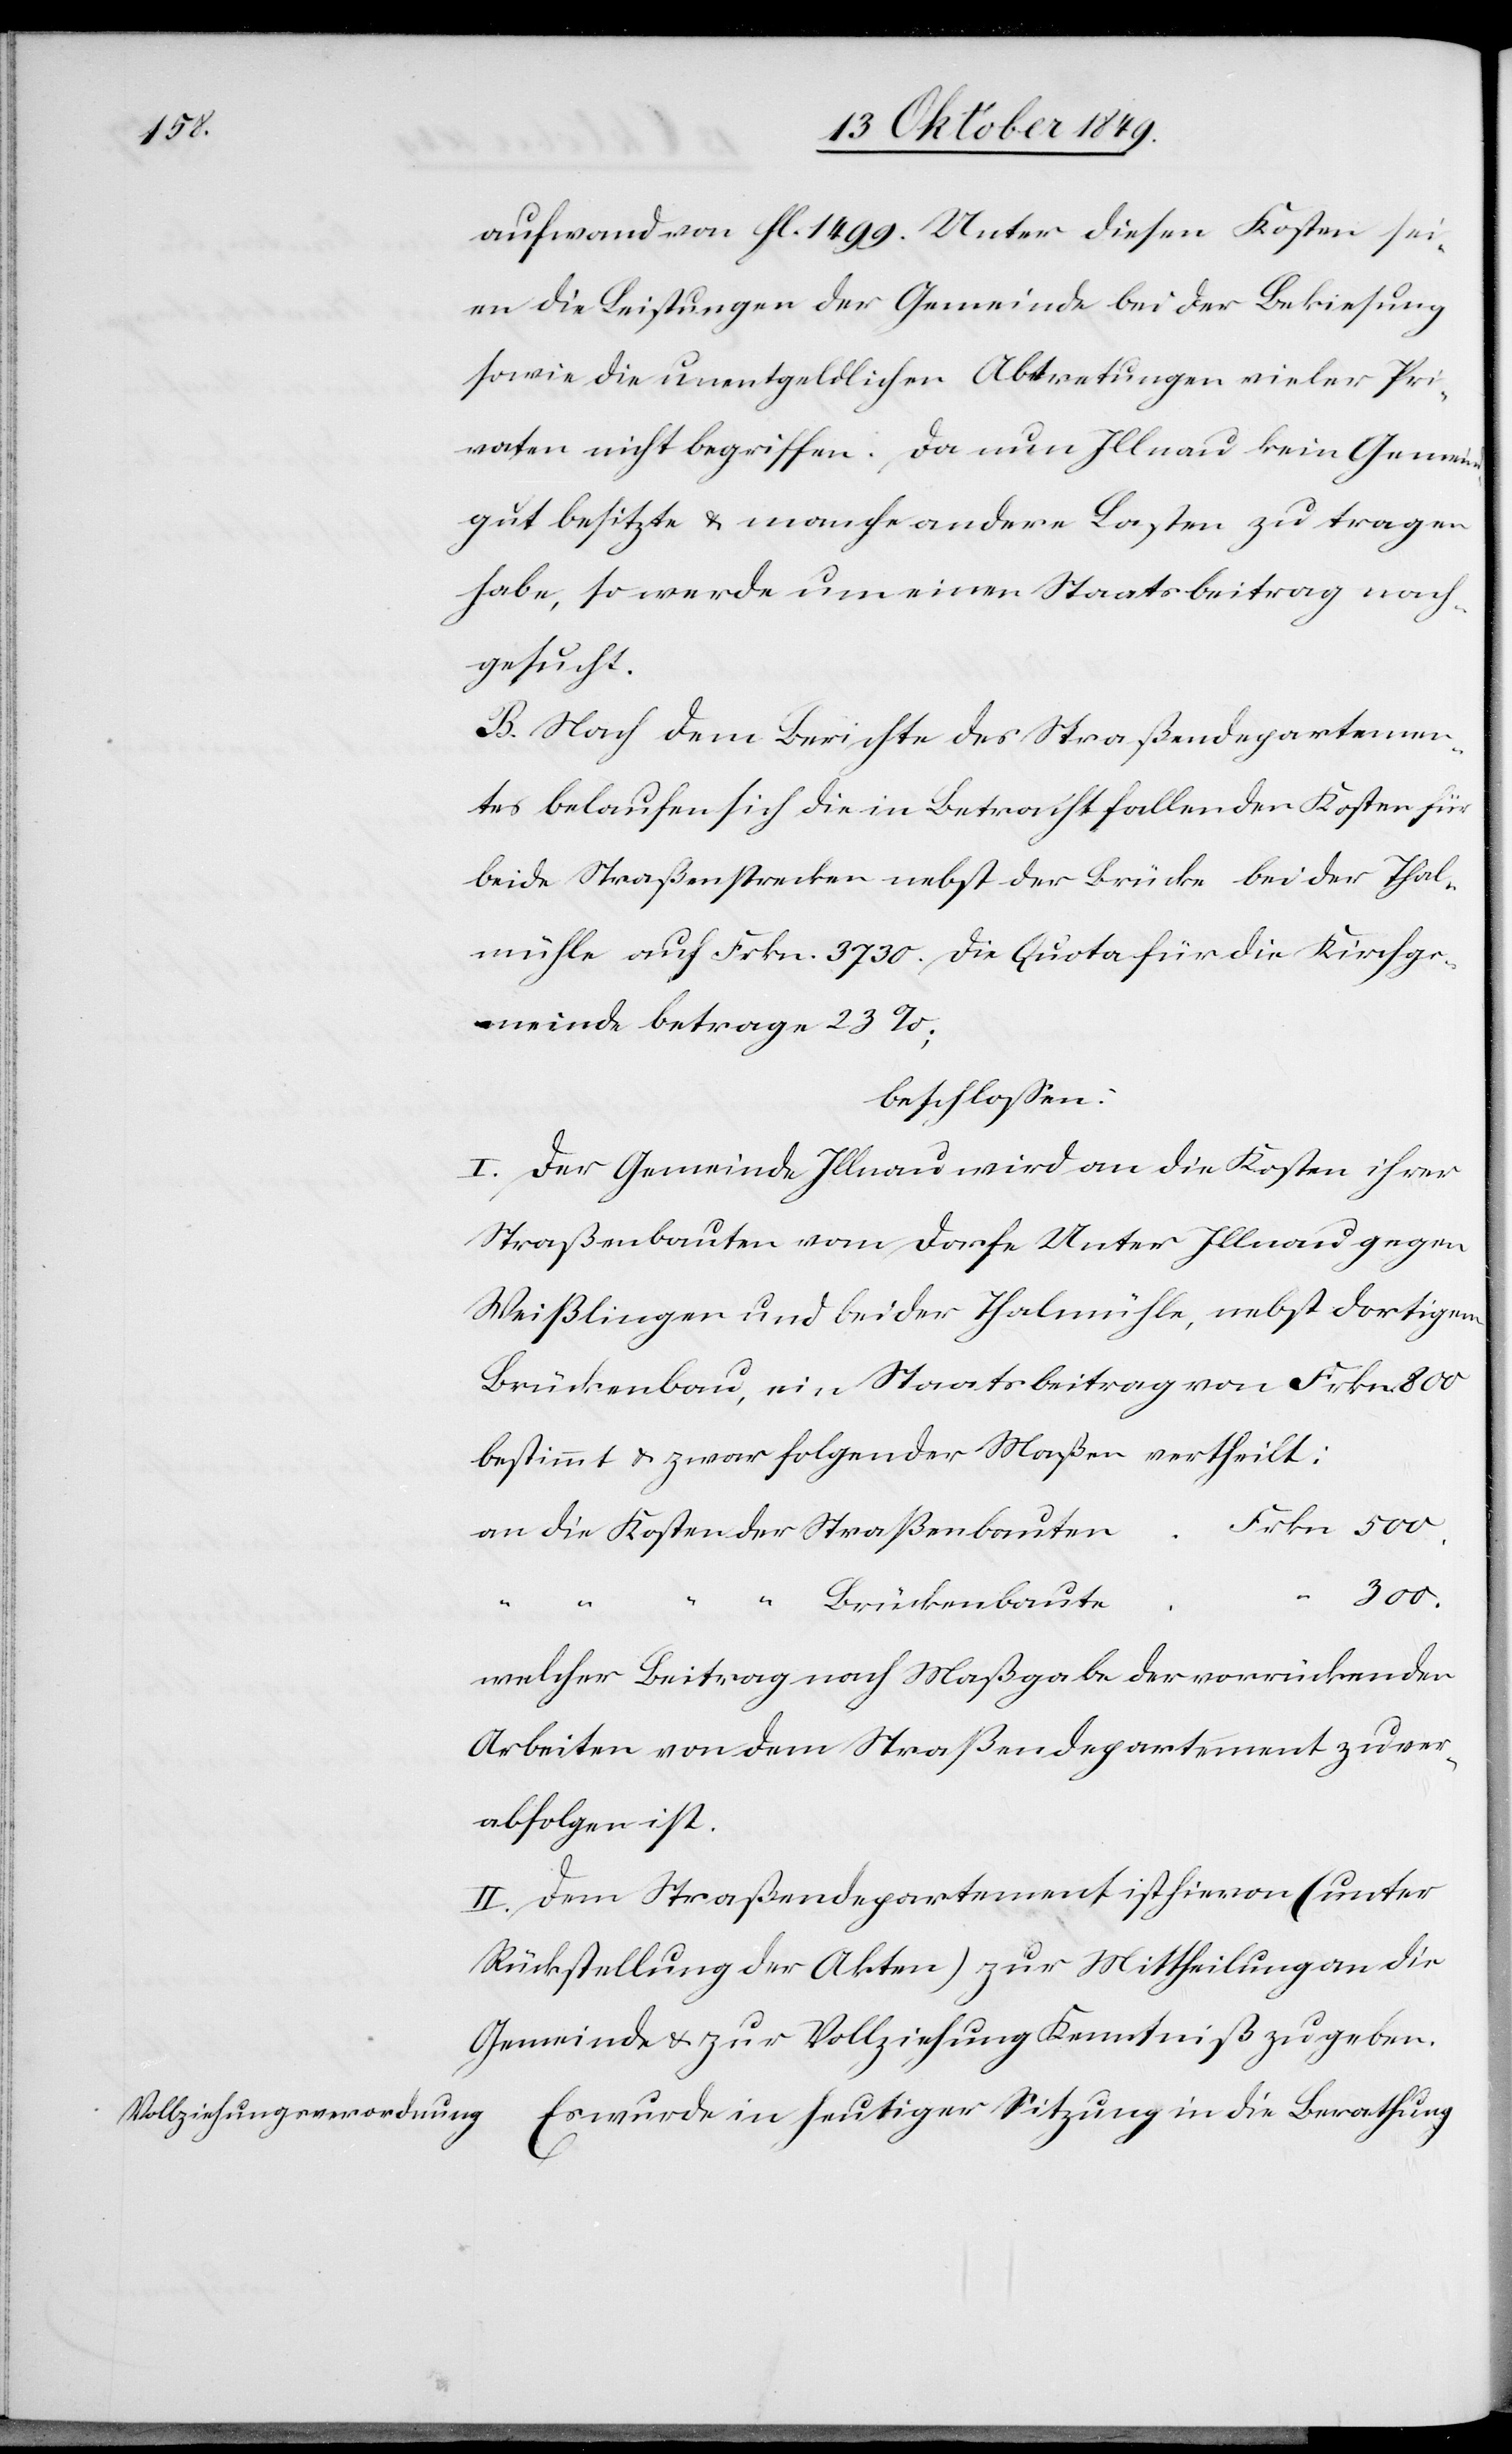
aufwand von fl. 1499. Unter diesen Kosten sei¬
en die Leistungen der Gemeinde bei der Bekiesung
sowie die unentgeldlichen Abtretungen vieler Pri¬
vaten nicht begriffen. Da nun Illnau kein Gemeind¬
gut besitze u. manche andere Lasten zu tragen
habe, so werde um einen Staatsbeitrag nach¬
gesucht.
B. Nach dem Berichte des Straßendepartemen¬
tes belaufen sich die in Betracht fallenden Kosten für
beide Straßenstrecken nebst der Brücke bei der Thal¬
mühle auf Frkn. 3730. Die Quota für die Kirchge¬
meinde betrage 23%;
beschloßen:
I. Der Gemeinde Illnau wird an die Kosten ihrer
Straßenbauten vom Dorfe Unter Illnau gegen
Weißlingen und bei der Thalmühle, nebst dortigem
Brückenbau, ein Staatsbeitrag von Frkn. 800
bestimmt u. zwar folgender Maßen vertheilt:
n	Frkn. 500.
an die Kosten der Straßenbaute¬
300.
welcher Beitrag nach Maßgabe der vorrückenden
Arbeiten von dem Straßendepartement zu ver¬
abfolgen ist.
II. Dem Straßendepartement ist hievon (unter
Rückstellung der Akten) zur Mittheilung an die
Gemeinde u. zur Vollziehung Kenntniß gegeben.
Es wurde in heutiger Sitzung in die Berathung